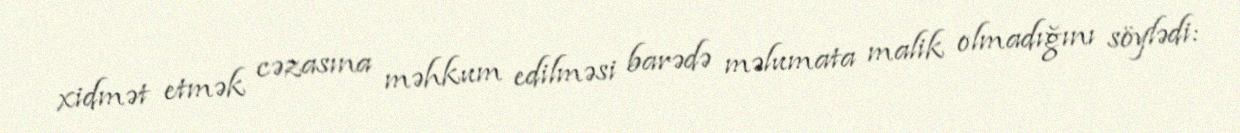
xidmət etmək cəzasına məhkum edilməsi barədə məlumata malik olmadığını söylədi: